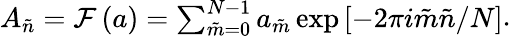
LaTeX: \begin{array}{r}{A_{\tilde{n}}=\mathcal{F}\left(a\right)=\sum_{\tilde{m}=0}^{N-1}a_{\tilde{m}}\exp\left[-2\pi i\tilde{m}\tilde{n}/N\right]}\end{array}.